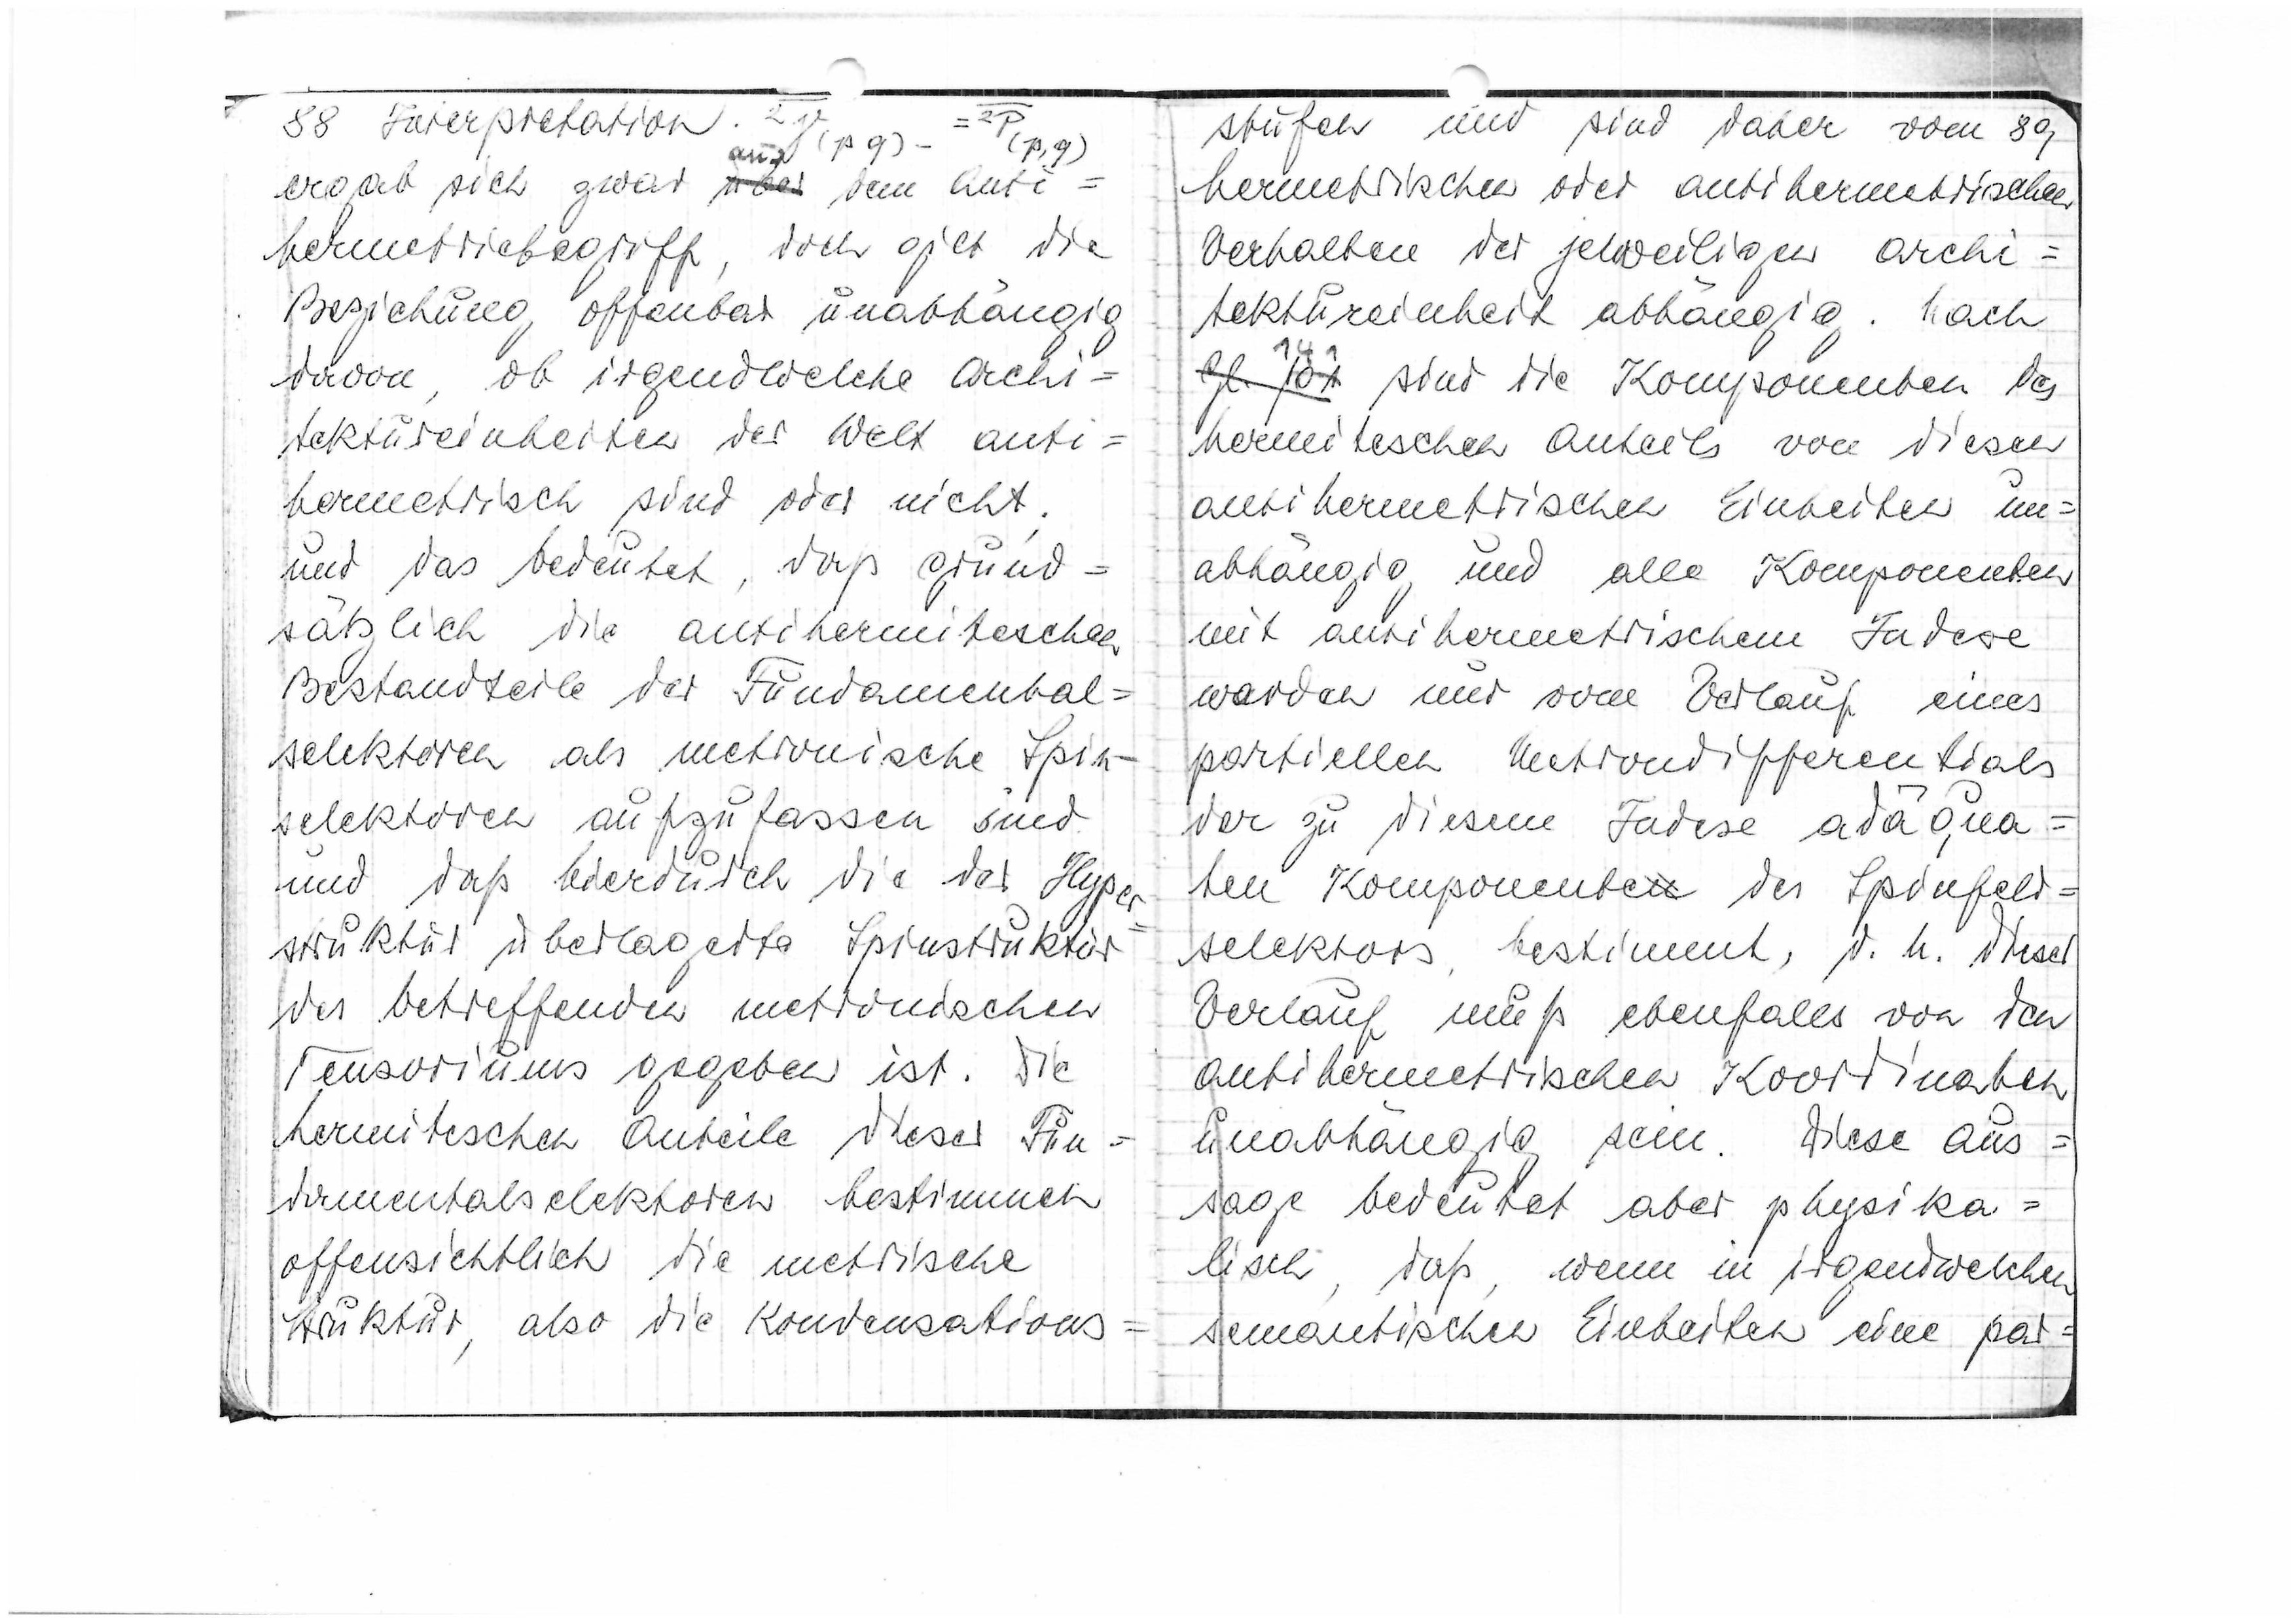
88

Interpretation.

ergab sich zwar
über
dem Anti=
hermetriebegriff, doch gilt die
Beziehung offenbar unabhängig
davon, ob irgendwelche Archi=
tektureinheiten der Welt anti=
hermetrisch sind oder nicht;
und das bedeutet, daß grund=
sätzlich die antihermitischen
Bestandteile der Fundamental=
selektoren als metronische Spin-
selektoren aufzufassen sind
und daß hierdurch die der Hyper
struktur überlagerte Spinstruktur
des betreffenden metronischen
Tensoriums gegeben ist. Die
hermitischen Anteile dieser Fun=
damentalselektoren bestimmen
offensichtlich die metrische
Struktur, also die Kondensations=

89
stufen und sind daher vom
hermetrischen oder antihermetrischen
Verhalten der jeweiligen Archi=
tektureinheit abhängig. Nach
141
Gl. 101
sind die Komponenten des
hermitischen Anteils von diesen
antihermetrischen Einheiten un=
abhängig und alle Komponenten
mit antihermetrischem Index
werden nur vom Verlauf eines
partiellen Metronendifferentials
der zu diesem Index adäqua=
ten Komponenten des Spinfeld=
selektors bestimmt, d.h. dieser
Verlauf muß ebenfalls von den
antihermetrischen Koordination
unabhängig sein. Diese Aus=
sage bedeutet aber physika=
lisch, daß, wenn in irgendwelchen
semantischen Einheiten eine par